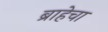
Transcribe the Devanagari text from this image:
ब्राहेचा